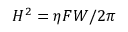
{ \cal H } ^ { 2 } = \eta { \cal F } { \cal W } / 2 \pi